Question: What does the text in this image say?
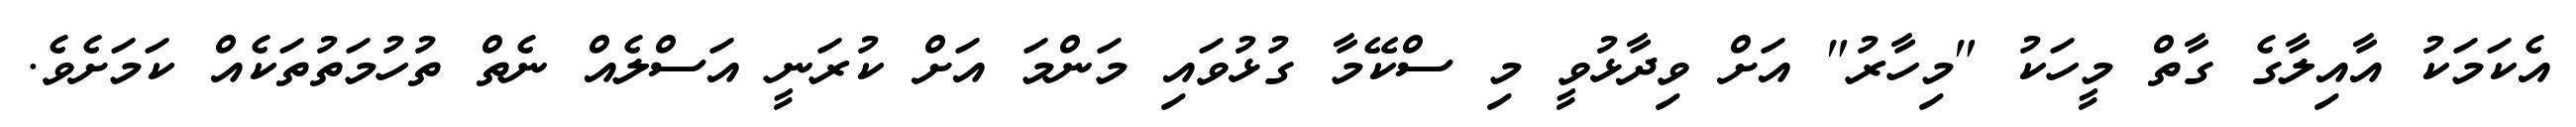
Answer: އެކަމަކު އާއިލާގެ ގާތް މީހަކު "މިހާރު" އަށް ވިދާޅުވީ މި ސްކޭމާ ގުޅުވައި މަންމަ އަށް ކުރަނީ އަސްލެއް ނެތް ތުހުމަތުތަކެއް ކަމަށެވެ.